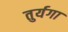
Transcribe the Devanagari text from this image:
तुर्यगा